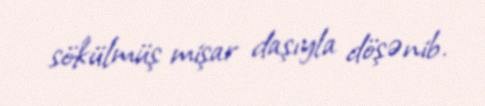
sökülmüş mişar daşıyla döşənib.